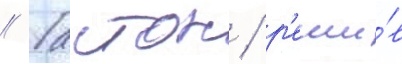
// Гастон / р'еши́в